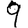
Digit: 9